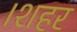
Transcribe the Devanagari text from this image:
।शहर